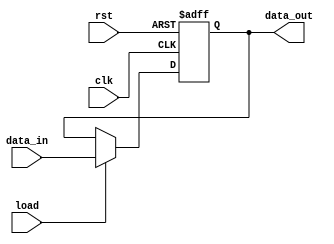
`timescale 1ns / 1ps
//////////////////////////////////////////////////////////////////////////////////
// Company: 
// Engineer: 
// 
// Design Name: 
// Module Name: Reg
// Project Name: 
// Target Devices: 
// Tool Versions: 
// Description: 
// 
// Dependencies: 
// 
// Revision:
// Revision 0.01 - File Created
// Additional Comments:
// 
//////////////////////////////////////////////////////////////////////////////////


module Reg #(parameter N=32)(input clk,input rst,input load,input[N-1:0] data_in,output reg [N-1:0] data_out);


always @(posedge clk , posedge rst) begin 

if(rst==1)
    data_out<=0;
else begin 
        if(load==1)
            data_out<=data_in;
        else 
            data_out<=data_out;
     end

end


endmodule